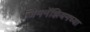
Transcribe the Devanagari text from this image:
जिमनॅझियमच्या